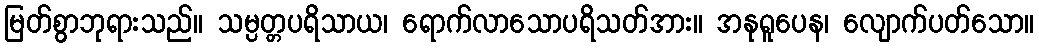
မြတ်စွာဘုရားသည်။ သမ္ပတ္တပရိသာယ၊ ရောက်လာသောပရိသတ်အား။ အနုရူပေန၊ လျောက်ပတ်သော။